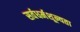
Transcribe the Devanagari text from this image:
सर्वधर्मशून्यता